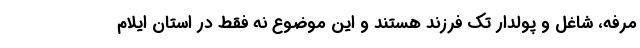
مرفه، شاغل و پولدار تک فرزند هستند و این موضوع نه فقط در استان ایلام